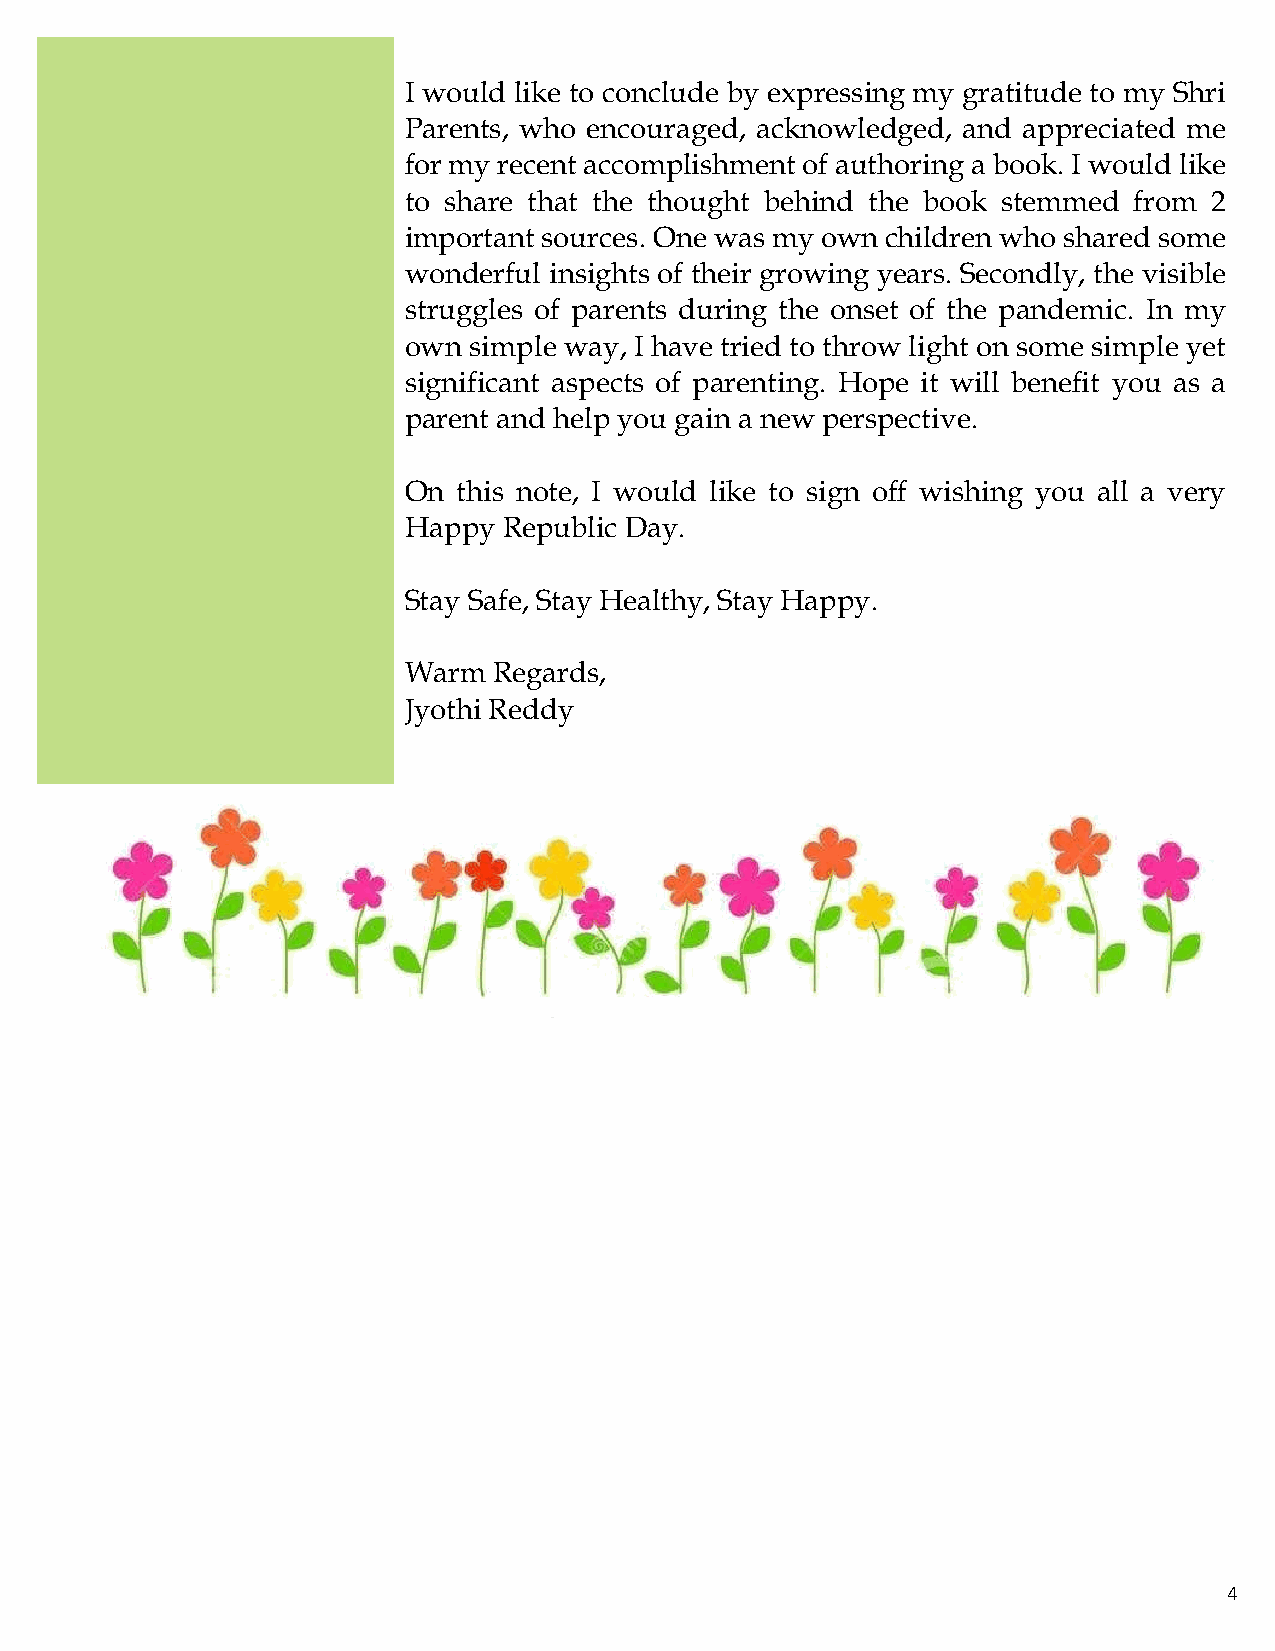
I would like to conclude by expressing my gratitude to my Shri
 Parents, who encouraged, acknowledged, and appreciated me
 for my recent accomplishment of authoring a book. I would like
 to share that the thought behind the book stemmed from 2
 important sources. One was my own children who shared some
 wonderful insights of their growing years. Secondly, the visible
 struggles of parents during the onset of the pandemic. In my
 own simple way, I have tried to throw light on some simple yet
 significant aspects of parenting. Hope it will benefit you as a
 parent and help you gain a new perspective.
 On this note, I would like to sign off wishing you all a very
 Happy Republic Day.
 Stay Safe, Stay Healthy, Stay Happy.
 Warm  Regards,
 Jyothi Reddy
 4